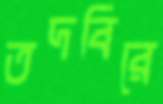
তদবিরে